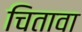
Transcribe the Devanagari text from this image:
चितावा